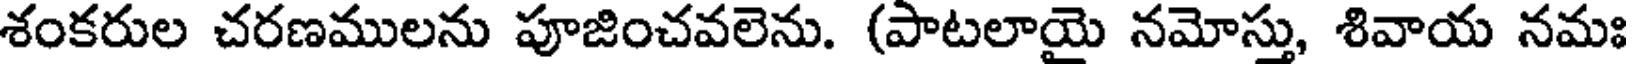
శంకరుల చరణములను పూజించవలెను. (పాటలాయై నమోస్తు, శివాయ నమః